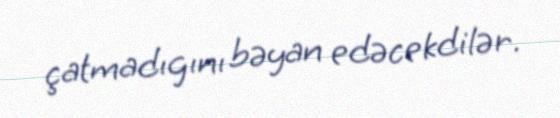
çatmadıgını bəyan edəcekdilər.